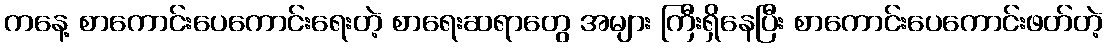
ကနေ့ စာကောင်းပေကောင်းရေးတဲ့ စာရေးဆရာတွေ အများ ကြီးရှိနေပြီး စာကောင်းပေကောင်းဖတ်တဲ့